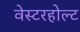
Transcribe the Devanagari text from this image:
वेस्टरहोल्ट